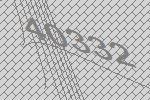
40332